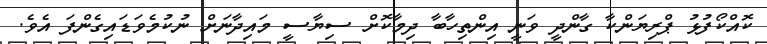
ކޮއްކޯފުޅު ޕްރިޔަންކާ ގާންދީ ވަނީ އިންތިހާބާ ދިމާކޮށް ސިޔާސީ މައިދާނަށް ނުކުމެވަޑައިގެންފަ އެވެ.